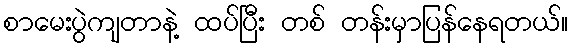
စာမေးပွဲကျတာနဲ့ ထပ်ပြီး တစ် တန်းမှာပြန်နေရတယ်။